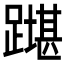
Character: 𲄇